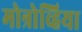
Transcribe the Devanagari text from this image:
मोन्रोव्हिया